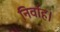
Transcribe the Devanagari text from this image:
निर्वाह।